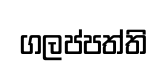
ගලප්පත්ති